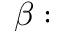
\beta :